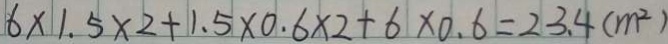
6 \times 1 . 5 \times 2 + 1 . 5 \times 0 . 6 \times 2 + 6 \times 0 . 6 = 2 3 . 4 ( m ^ { 2 } )